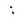
Character: j